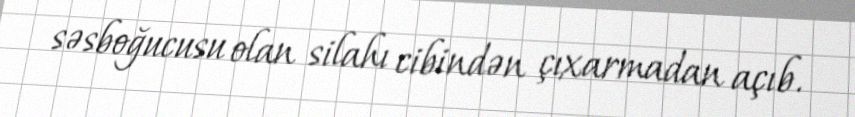
səsboğucusu olan silahı cibindən çıxarmadan açıb.